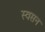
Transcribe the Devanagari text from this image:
स्वसन